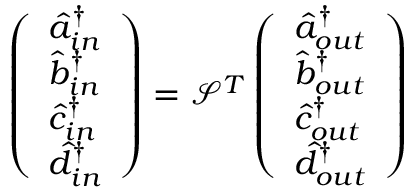
\left( \begin{array} { l } { \hat { a } _ { i n } ^ { \dagger } } \\ { \hat { b } _ { i n } ^ { \dagger } } \\ { \hat { c } _ { i n } ^ { \dagger } } \\ { \hat { d } _ { i n } ^ { \dagger } } \end{array} \right) = \mathcal { S } ^ { T } \left( \begin{array} { l } { \hat { a } _ { o u t } ^ { \dagger } } \\ { \hat { b } _ { o u t } ^ { \dagger } } \\ { \hat { c } _ { o u t } ^ { \dagger } } \\ { \hat { d } _ { o u t } ^ { \dagger } } \end{array} \right)